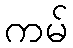
ကမ်